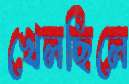
খেলছিলে